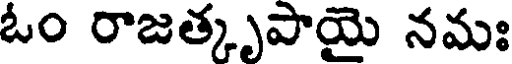
ఓం రాజత్కృపాయై నమః